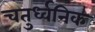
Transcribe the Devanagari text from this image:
चतुर्ध्वनिक